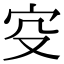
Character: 𡧔